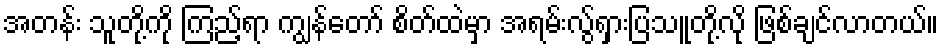
အတန်း သူတို့ကို ကြည့်ရာ ကျွန်တော် စိတ်ထဲမှာ အရမ်းလွ်ရှားပြသူတို့လို ဖြစ်ချင်လာတယ်။